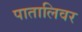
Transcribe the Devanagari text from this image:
पातालिवर